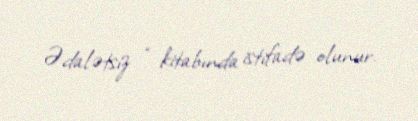
Ədalətsiz “ kitabında istifadə olunur.